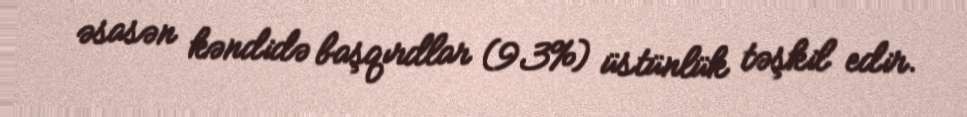
əsasən kəndidə başqırdlar (93%) üstünlük təşkil edir.